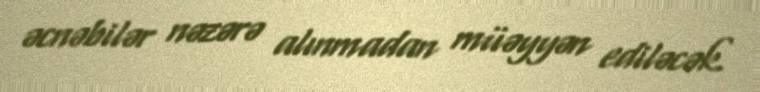
əcnəbilər nəzərə alınmadan müəyyən ediləcək.